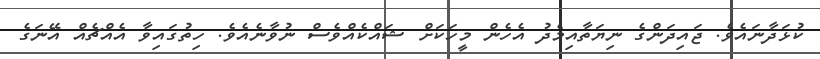
ކުޅަދާނައެވެ. ޖައިދަންގެ ނިޔަތާއިމެދު އެހެން މީހަކަށް ޝައްކެއްވެސް ނުވާނެއެވެ. ހިތުގައިވާ އެއްޗެއް އޭނަގެ